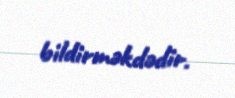
bildirməkdədir.